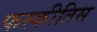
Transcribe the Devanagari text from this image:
फस्कीतिस